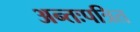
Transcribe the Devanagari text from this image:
अन्तःपत्रित